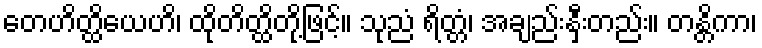
တေဟိတ္ထိယေဟိ၊ ထိုတိတ္ထိတို့ဖြင့်။ သုညံ ရိတ္တံ၊ အချည်းနှီးတည်း။ တန္တိကာ၊